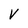
Character: V